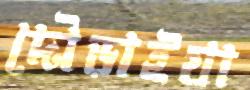
দৌড়াইয়া